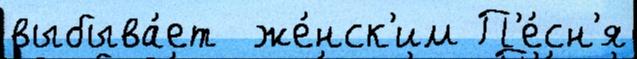
выбыва́ет  же́нск'им П'е́сн'я